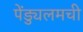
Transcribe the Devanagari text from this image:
पेंड्युलमची